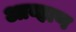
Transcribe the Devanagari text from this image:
आव्हाण